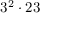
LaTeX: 3 ^ { 2 } \cdot 2 3